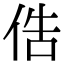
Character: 俈